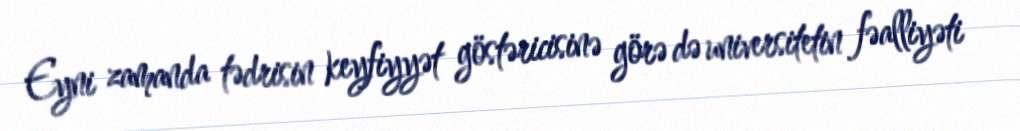
Eyni zamanda tədrisin keyfiyyət göstəricisinə görə də universitetin fəalliyəti